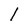
Character: l